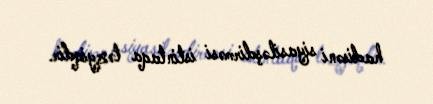
hadisəni siyasiləşdirməsi istintaqa təzyiqdir.